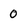
Character: O